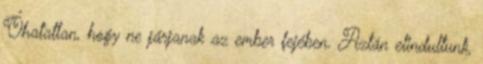
Óhatatlan, hogy ne járjanak az ember fejében. Aztán elindultunk,